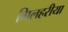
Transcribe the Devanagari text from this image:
गिलहरीया